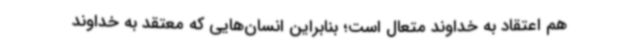
هم اعتقاد به خداوند متعال است؛ بنابراین انسان‌هایی که معتقد به خداوند